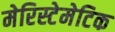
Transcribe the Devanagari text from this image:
मेरिस्टेमेटिक